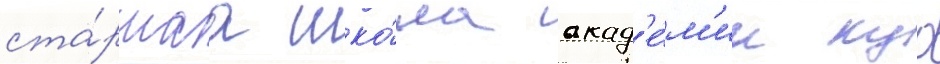
ста́ршаа шко́ла акад'е́м'ии куо